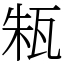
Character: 㼡